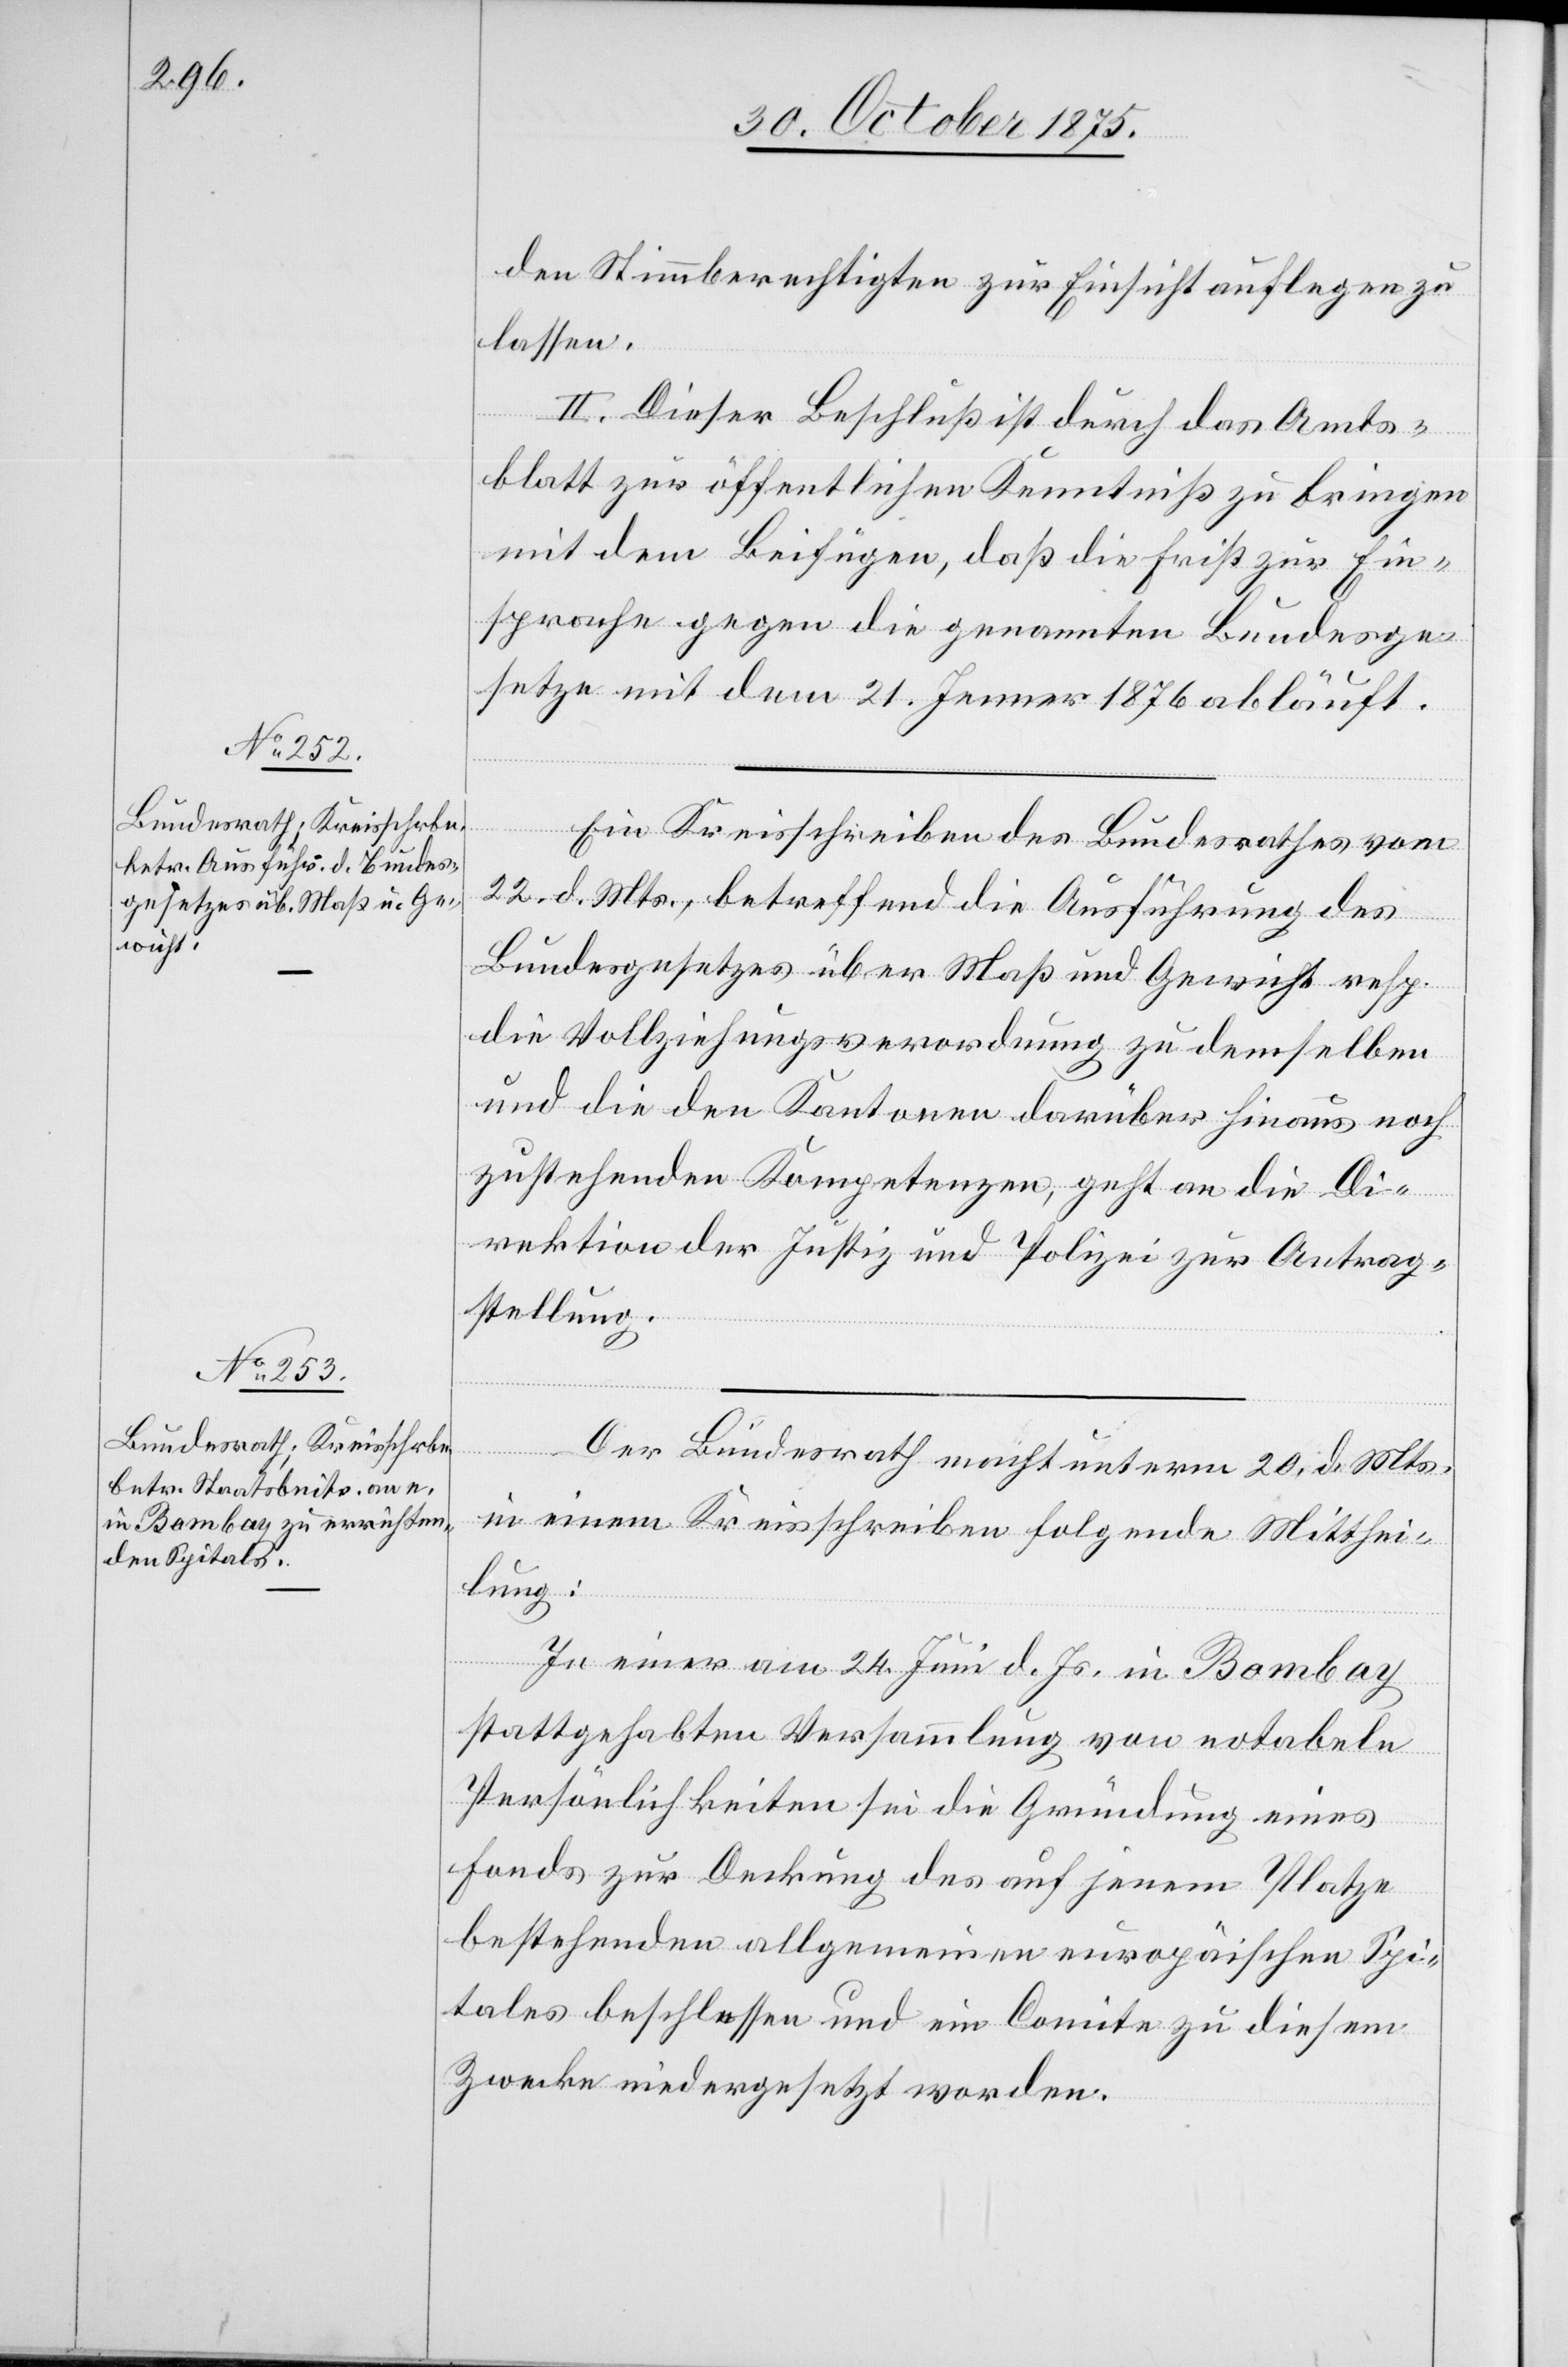
den Stimmberechtigten zur Einsicht auflegen zu
lassen.
II. Dieser Beschluß ist durch das Amts¬
blatt zur öffentlichen Kenntniß zu bringen
mit dem Beifügen, daß die Frist zur Ein¬
sprache gegen die genannten Bundesge¬
setze mit dem 21. Jenner 1876 abläuft.
Ein Kreisschreiben des Bundesrathes vom
22. d. Mts, betreffend die Ausführung des
Bundesgesetzes über Maß und Gewicht resp.
die Vollziehungsverordnung zu demselben
und die den Kantonen darüber hinaus noch
zustehenden Kompetenzen, geht an die Di¬
rektion der Justiz und Polizei zur Antrag¬
stellung.
Der Bundesrath macht unterm 20. d. Mts.
in einem Kreisschreiben folgende Mitthei¬
lung:
In einer am 24. Juni d. Js. in Bombay
stattgehabten Versammlung von notabeln
Persönlichkeiten sei die Gründung eines
Fonds zur Deckung des auf jenem Platze
bestehenden allgemeinen europäischen Spi¬
tales beschlossen und ein Comite zu diesem
Zwecke niedergesetzt worden.